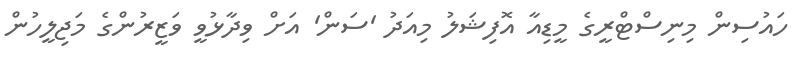
ހައުސިން މިނިސްޓްރީގެ މީޑިއާ އޮފިޝަލު މިއަދު 'ސަން' އަށް ވިދާޅުވީ ވަޒީރުންގެ މަޖިލީހުން